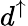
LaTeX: d^{\uparrow}